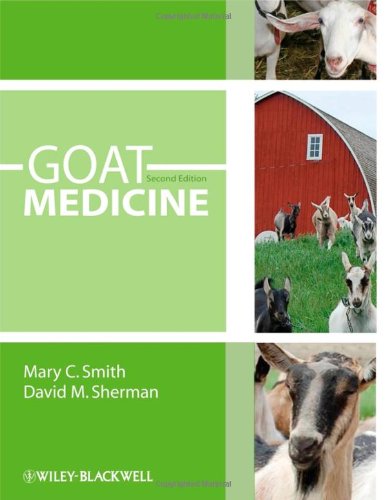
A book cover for Goat Medicine, 2nd Edition; Mary C. Smith; Medical Books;